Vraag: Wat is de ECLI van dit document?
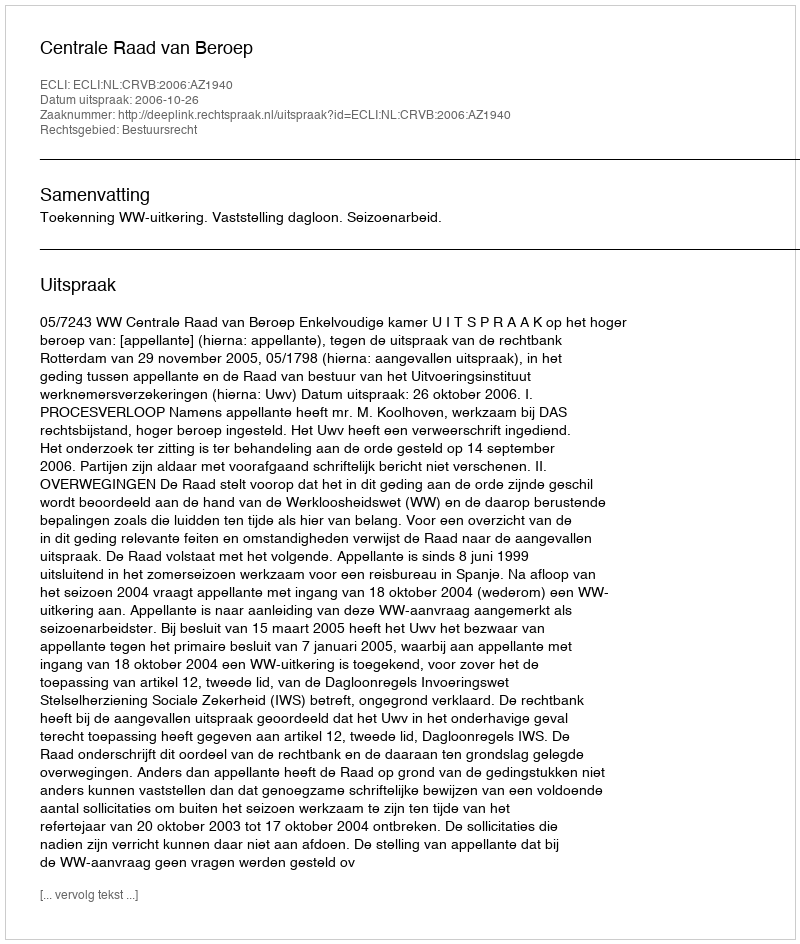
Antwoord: ECLI:NL:CRVB:2006:AZ1940